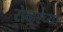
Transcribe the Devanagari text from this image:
रोव्हरच्या